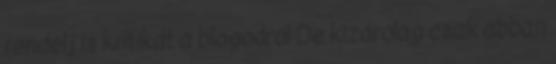
rendelj is kritikát a blogodról De kizárólag csak abban